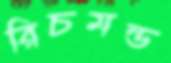
রিচমন্ড